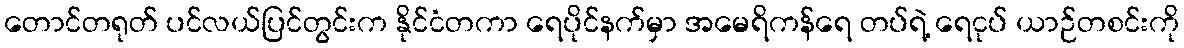
တောင်တရုတ် ပင်လယ်ပြင်တွင်းက နိုင်ငံတကာ ရေပိုင်နက်မှာ အမေရိကန်ရေ တပ်ရဲ့ ရေငုပ် ယာဉ်တစင်းကို